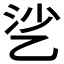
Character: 乷